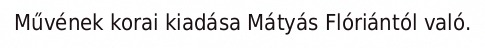
Művének korai kiadása Mátyás Flóriántól való.